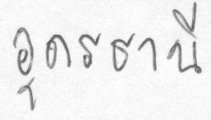
อุดรธานี